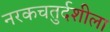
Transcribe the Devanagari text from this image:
नरकचतुर्दशीला